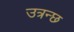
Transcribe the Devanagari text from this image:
उत्रन्छ